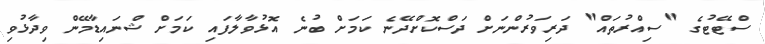
ސްޓޭޓުގެ "ސިއްރުތައް" ދަރިވަރުންނަށް ދަސްކޮށްދޭނެ ކަމަށް ބުނެ އޮޅުވާލާފައި ކަމަށް ޝްނައިޑާމޭން ވިދާޅުވި